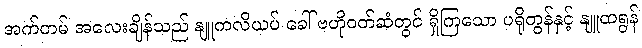
အက်တမ် အလေးချိန်သည် နျူကလိယပ် ခေါ် ဗဟိုဝတ်ဆံတွင် ရှိကြသော ပရိုတွန်နှင့် နျူထရွန်